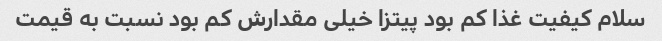
سلام کیفیت غذا کم بود پیتزا خیلی مقدارش کم بود نسبت به قیمت